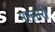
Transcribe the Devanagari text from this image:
मल्लारी